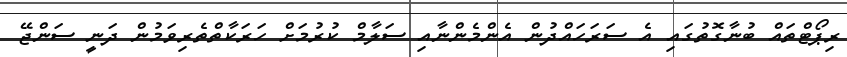
ރިޕޯޓްތައް ބުނާގޮތުގައި އެ ސަރަހައްދުން އެންމެންނާއި ސަލާމް ކުރުމަށް ހަރަކާތްތެރިވަމުން ދަނީ ސަންޖޭ